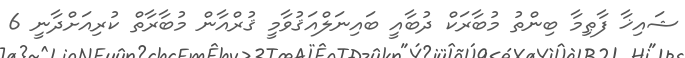
ޝައިޚާ ފާޠިމާ ބިންތު މުބާރަކް ދުބާއީ ބައިނަލްއަޤުވާމީ ޤުރްއާން މުބާރާތް ކުރިއަށްދާނީ 6